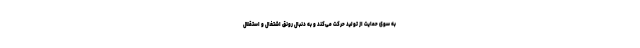
به سوی حمایت از تولید حرکت می‌کند و به دنبال رونق اشتغال و استقلال